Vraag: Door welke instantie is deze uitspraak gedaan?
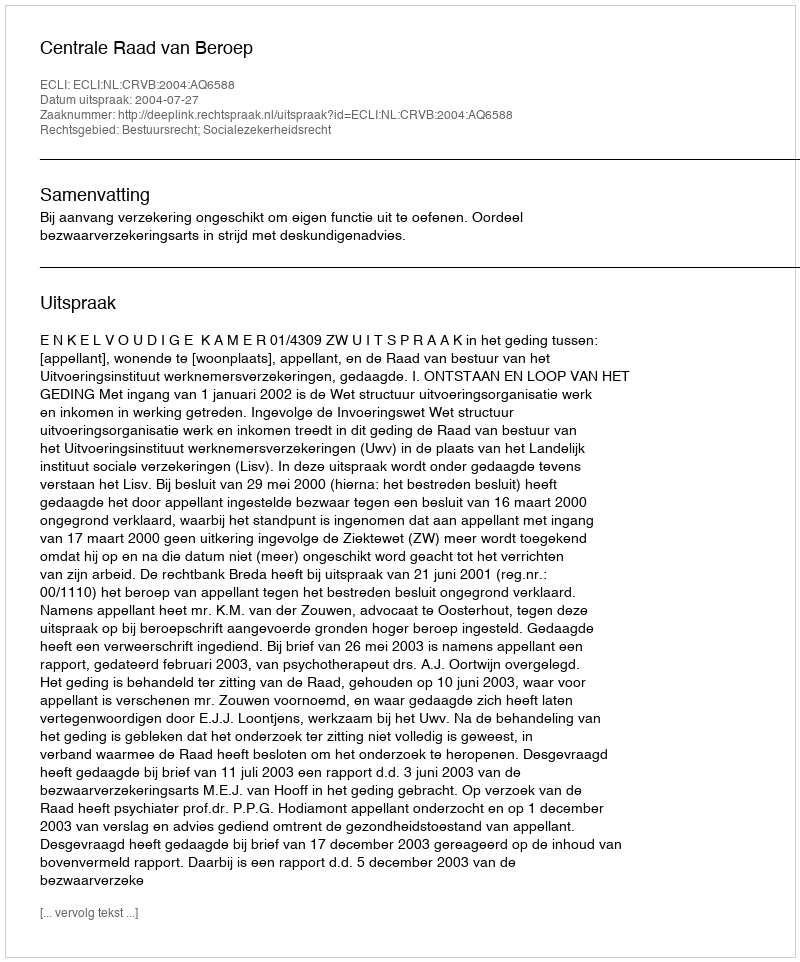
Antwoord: Centrale Raad van Beroep